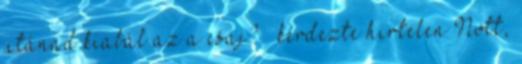
utánad kiabál az a csaj? – kérdezte hirtelen Nott,